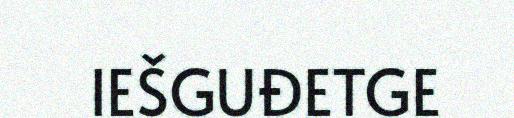
IEŠGUĐETGE